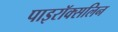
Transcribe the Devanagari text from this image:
पाइरॉक्सलिन